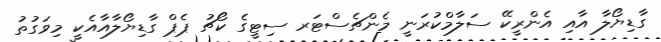
ގާޑިޔޯލާ އާއި އެންރީކޭ ސަލާމްކުރަނީ މެންޗެސްޓަރ ސިޓީގެ ކޯޗު ޕެޕް ގާޑިޔޯލާއާއެކީ މިވަގުތު